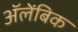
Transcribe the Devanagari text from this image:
अॅलेंबिक